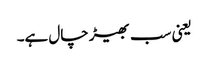
یعنی سب بھیڑ چال ہے۔